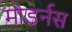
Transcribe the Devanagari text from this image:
मोडर्नस